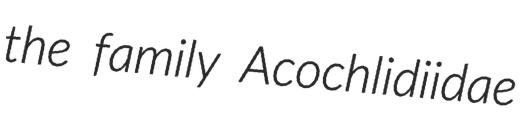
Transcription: the family Acochlidiidae